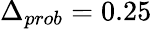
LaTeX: \Delta_{prob}=0.25